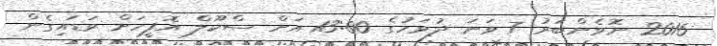
2016 ނޮވެންބަރު 7 ވަނަ ދުވަހުގެ 13:00 އަށް ސްކޫލް އޮފީހަށް ވަޑައިގެން